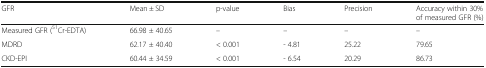
| GFR | Mean ± SD | p-value | Bias | Precision | Accuracy within 30% of measured GFR (%) |
 | --- | --- | --- | --- | --- | --- |
 | Measured GFR (51Cr-EDTA) | 66.98 ± 40.65 | – | – | – | – |
 | MDRD | 62.17 ± 40.40 | < 0.001 | - 4.81 | 25.22 | 79.65 |
 | CKD-EPI | 60.44 ± 34.59 | < 0.001 | - 6.54 | 20.29 | 86.73 |